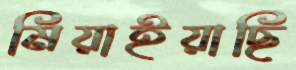
মিয়াইয়াছি